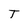
Character: T